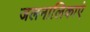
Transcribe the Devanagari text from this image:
जलनालिकाएं